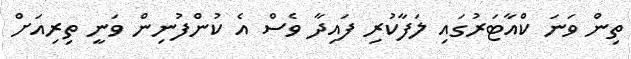
ތިން ވަނަ ކްއާޓަރުގައި ލަފާކުރި ފައިދާ ވެސް އެ ކުންފުނިން ވަނީ ތިރިއަށް